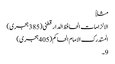
مثلاً
الالزامات الحافظ الدار قطنی (385 ہجری)
المستدرک الامام الحاکم (405 ہجری)
9۔